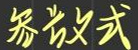
参数式